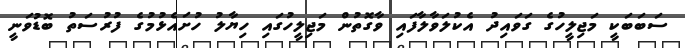
ސަބަބަކީ މަޖިލީހުގެ ގަވައިދު އެކުލަވާލާފައި ވާގޮތުން މަޖިލީހުގައި ހިޔާލު ހުށައެޅުމުގެ ފުރުސަތު ބޮޑުވަނީ